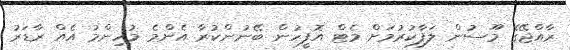
ރާއްޖޭގެ މޫސުން ލަފާކުރުމަށް މެޓް އޮފީހުން ބޭނުންކުރާ އެންމެ މުހިންމު އެއް ރާޑަރު